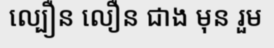
ល្បឿន លឿន ជាង មុន រួម